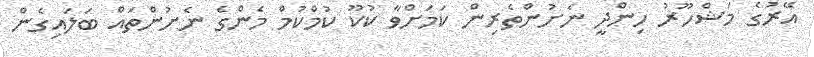
އޭރުގެ މަޝްހޫރު ހިންދީ ނެށުންތެރިން ކަމަށްވާ ކުކޫ ކުމްކުމް މެންގެ ނެށުންތައް ބަލައިގެން